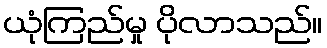
ယုံကြည်မှု ပိုလာသည်။